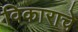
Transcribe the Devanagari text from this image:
विकाराचे